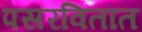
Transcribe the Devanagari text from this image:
पसरवितात